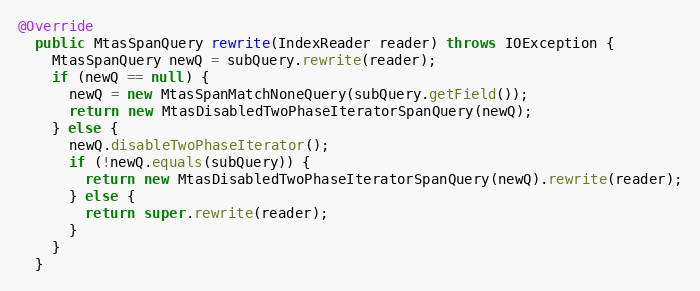
Language: Java
@Override
  public MtasSpanQuery rewrite(IndexReader reader) throws IOException {
    MtasSpanQuery newQ = subQuery.rewrite(reader);
    if (newQ == null) {
      newQ = new MtasSpanMatchNoneQuery(subQuery.getField());
      return new MtasDisabledTwoPhaseIteratorSpanQuery(newQ);
    } else {
      newQ.disableTwoPhaseIterator();
      if (!newQ.equals(subQuery)) {
        return new MtasDisabledTwoPhaseIteratorSpanQuery(newQ).rewrite(reader);
      } else {
        return super.rewrite(reader);
      }
    }
  }